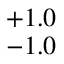
^ { + 1 . 0 } _ { - 1 . 0 }